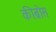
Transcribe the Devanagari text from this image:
कीब्रोस